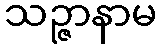
သဉ္ဇာနာမ